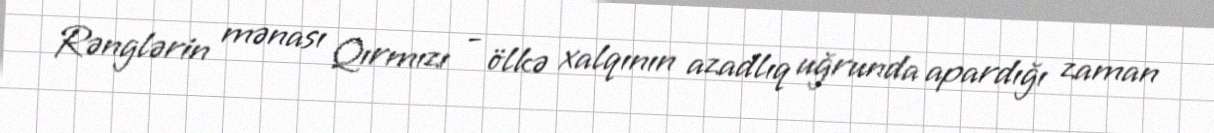
Rənglərin mənası Qırmızı - ölkə xalqının azadlıq uğrunda apardığı zaman